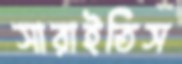
সারাইতিস